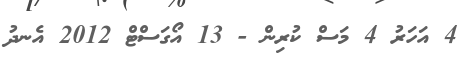
4 އަހަރު 4 މަސް ކުރިން - 13 އޯގަސްޓް 2012 އެނދު